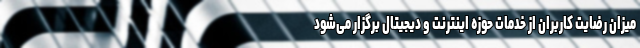
میزان رضایت کاربران از خدمات حوزه اینترنت و دیجیتال برگزار می‌شود